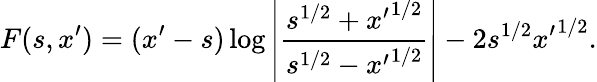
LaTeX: F(s,x^{\prime})=(x^{\prime}-s)\log\left|\frac{s^{1/2}+{x^{\prime}}^{1/2}}{s^{1/2}-{x^{\prime}}^{1/2}}\right|-2s^{1/2}{x^{\prime}}^{1/2}.